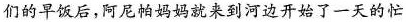
们的早饭后，阿尼帕妈妈就来到河边开始了一天的忙